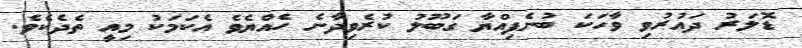
ޑޮލަރު ދައުރުވި ވާހަކަ ބުނެފިއްޔާ ގަބޫލު ކުރެވިދާނެ ހެއްޔެވެ އެކަމަކު މިއީ ތެދެކެވެ.